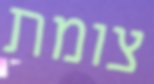
צומת